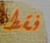
فقط